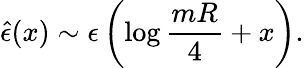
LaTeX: {\hat{\epsilon}}(x)\sim\epsilon\left(\log{\frac{mR}{4}}+x\right).